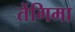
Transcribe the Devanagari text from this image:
तेंगिमा